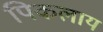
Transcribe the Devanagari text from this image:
पिकलाय